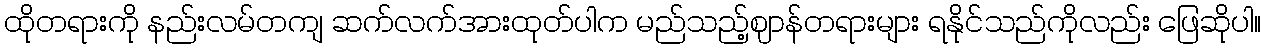
ထိုတရားကို နည်းလမ်တကျ ဆက်လက်အားထုတ်ပါက မည်သည့်ဈာန်တရားများ ရနိုင်သည်ကိုလည်း ဖြေဆိုပါ။